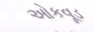
ઓકવૂડ